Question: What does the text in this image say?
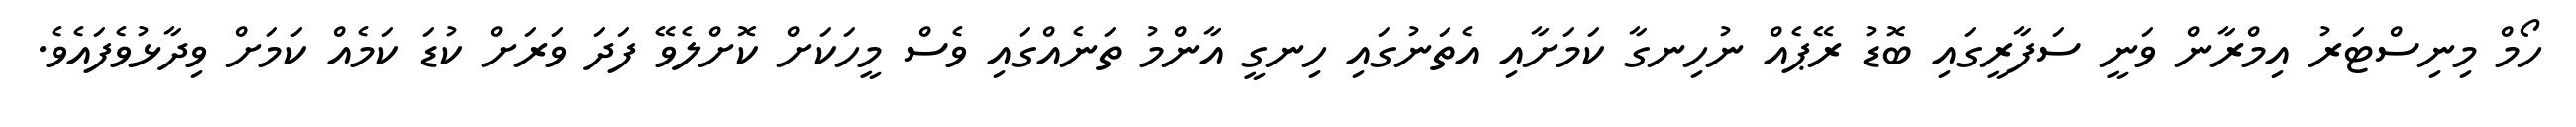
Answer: ހޯމް މިނިސްޓަރު އިމްރާން ވަނީ ސަފާރީގައި ބޮޑު ރޭޕެއް ނުހިނގާ ކަމަށާއި އެތަނުގައި ހިނގީ އާންމު ތަނެއްގައި ވެސް މީހަކަށް ކޮށްލެވޭ ފަދަ ވަރަށް ކުޑަ ކަމެއް ކަމަށް ވިދާޅުވެފައެވެ.